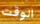
الوقت